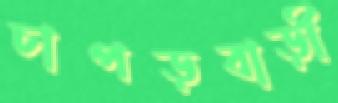
চাপড়বাড়ী